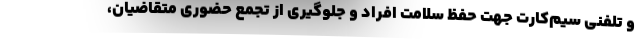
و تلفنی سیم‌کارت جهت حفظ سلامت افراد و جلوگیری از تجمع حضوری متقاضیان،